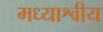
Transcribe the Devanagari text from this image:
मध्याश्वीय